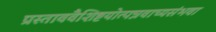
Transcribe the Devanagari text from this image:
प्रस्ताववैशिष्टयोत्पन्नवाच्यसंभवा